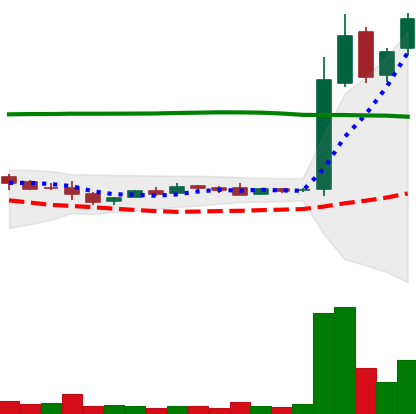
Ticker: LTC-USD
Chart end date: 2015-11-02
Forward return: -13.59%
Label: down_7plus